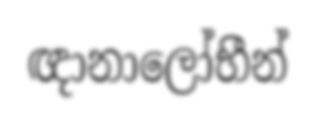
ඥානාලෝභීන්